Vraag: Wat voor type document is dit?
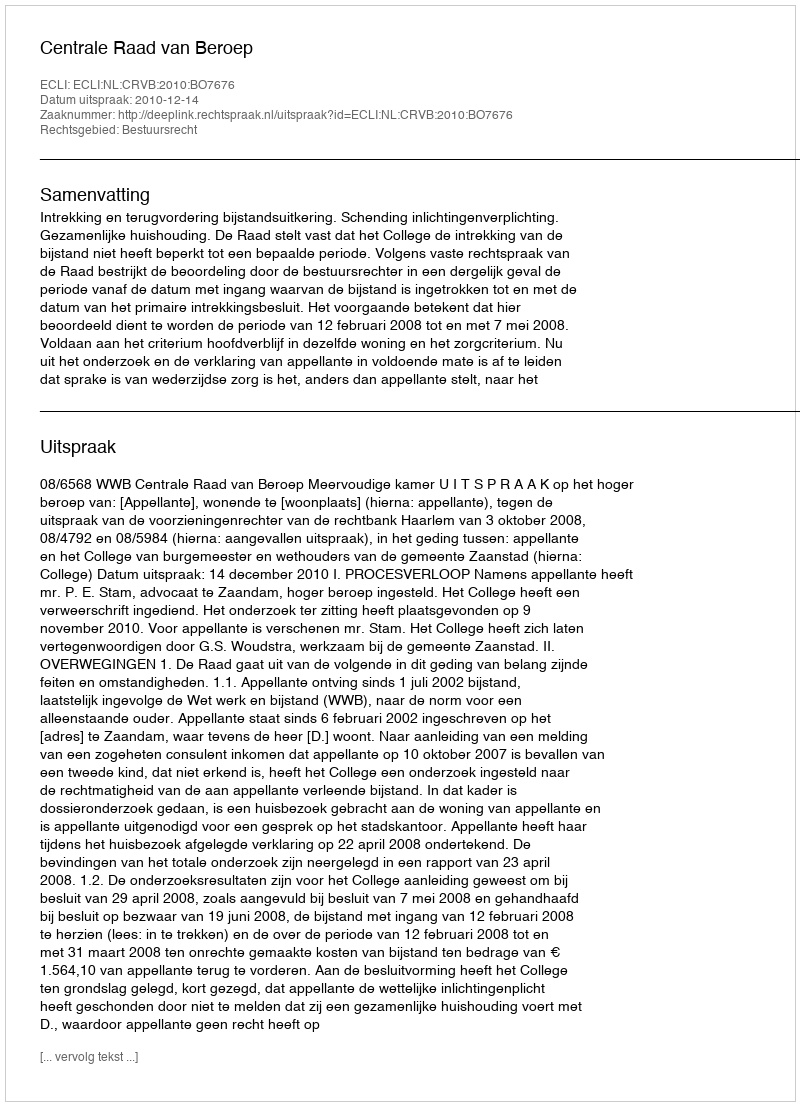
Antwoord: Uitspraak